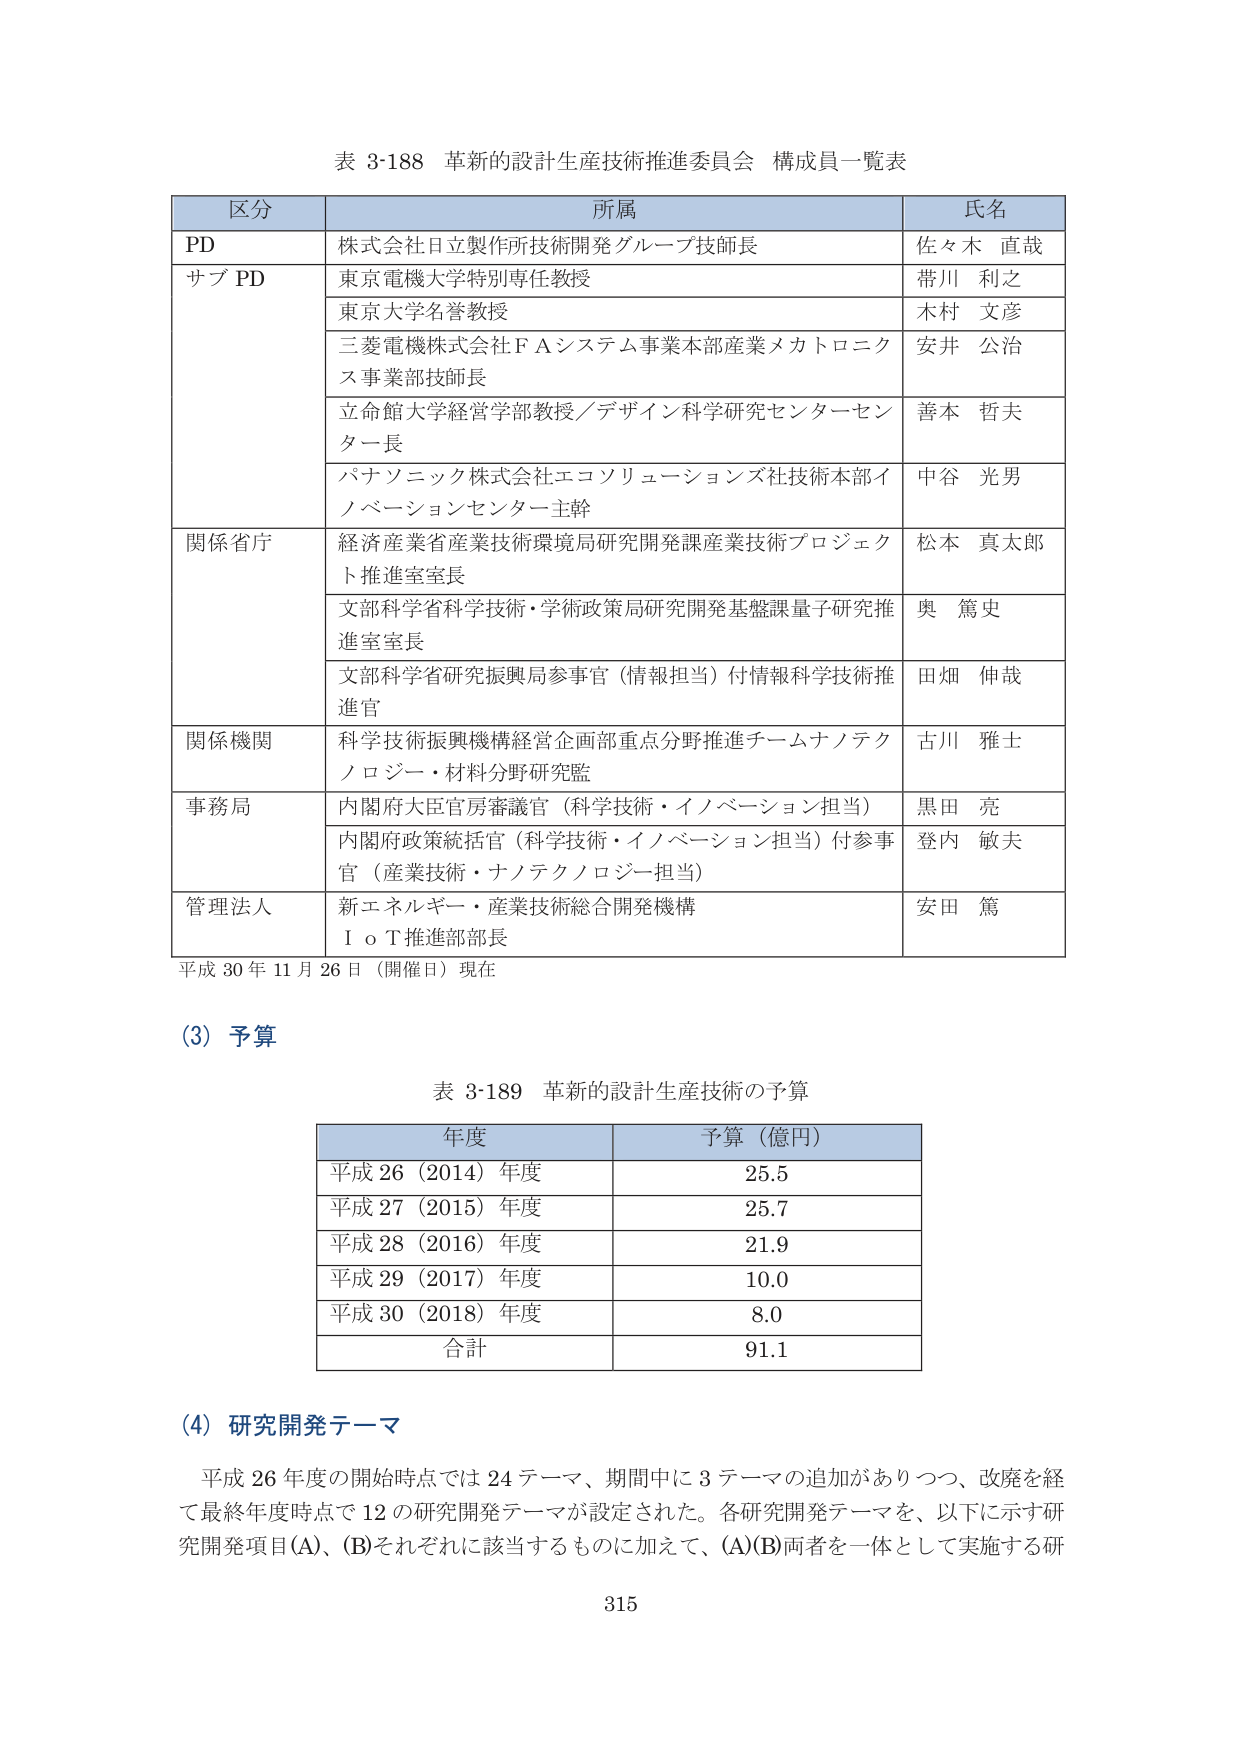
表 3-188 革新的設計生産技術推進委員会 構成員一覧表

区分 所属 氏名
PD 株式会社日立製作所技術開発グループ技師長 佐々木 直哉
サブ PD 東京電機大学特別専任教授 帯川 利之
東京大学名誉教授 木村 文彦
三菱電機株式会社ＦＡシステム事業本部産業メカトロニクス事業部技師長 安井 公治
立命館大学経営学部教授／デザイン科学研究センターセンター長 善本 哲夫
パナソニック株式会社エコソリューションズ社技術本部イノベーションセンター主幹 中谷 光男
関係省庁 経済産業省産業技術環境局研究開発課産業技術プロジェクト推進室室長 松本 真太郎
文部科学省科学技術・学術政策局研究開発基盤課量子研究推進室室長 奥 篤史
文部科学省研究振興局参事官（情報担当）付情報科学技術推進官 田畑 伸哉
関係機関 科学技術振興機構経営企画部重点分野推進チームナノテクノロジー・材料分野研究監 古川 雅士
事務局 内閣府大臣官房審議官（科学技術・イノベーション担当） 黒田 亮
内閣府政策統括官（科学技術・イノベーション担当）付参事官（産業技術・ナノテクノロジー担当） 登内 敏夫
管理法人 新エネルギー・産業技術総合開発機構ＩｏＴ推進部部長 安田 篤

平成 30 年 11 月 26 日（開催日）現在

(3) 予算

表 3-189 革新的設計生産技術の予算

年度 予算（億円）
平成 26（2014）年度 25.5
平成 27（2015）年度 25.7
平成 28（2016）年度 21.9
平成 29（2017）年度 10.0
平成 30（2018）年度 8.0
合計 91.1

(4) 研究開発テーマ

平成 26 年度の開始時点では 24 テーマ、期間中に 3 テーマの追加がありつつ、改廃を経て最終年度時点で 12 の研究開発テーマが設定された。各研究開発テーマを、以下に示す研究開発項目(A)、(B)それぞれに該当するものに加えて、(A)(B)両者を一体として実施する研

315